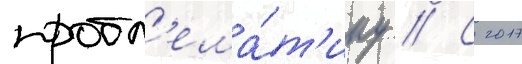
пробл'ема́т'ику // С 2017